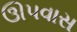
ઊપવાસ